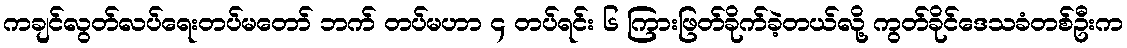
ကချင်လွတ်လပ်ရေးတပ်မတော် ဘက် တပ်မဟာ ၄ တပ်ရင်း ၆ ကြားဖြတ်ခိုက်ခဲ့တယ်လို့ ကွတ်ခိုင်ဒေသခံတစ်ဦးက